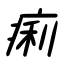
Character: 痢